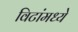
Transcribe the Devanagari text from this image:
विटांमध्ये